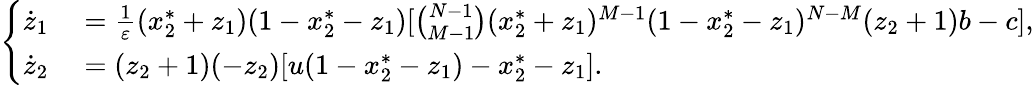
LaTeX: \left\{ \begin{array}{rl}{\dot{z}_{1}}&{{}=\frac{1}{\varepsilon}(x_{2}^{*}+z_{1})(1-x_{2}^{*}-z_{1})[\binom{N-1}{M-1}(x_{2}^{*}+z_{1})^{M-1}(1-x_{2}^{*}-z_{1})^{N-M}(z_{2}+1)b-c],}\\ {\dot{z}_{2}}&{{}=(z_{2}+1)(-z_{2})[u(1-x_{2}^{*}-z_{1})-x_{2}^{*}-z_{1}].}\end{array}\right.